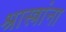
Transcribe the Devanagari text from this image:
श्रास्त्रांना